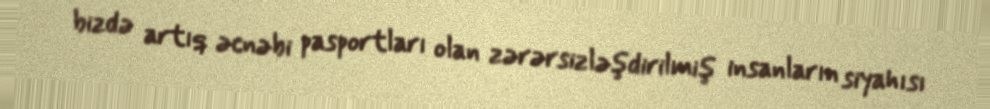
bizdə artıq əcnəbi pasportları olan zərərsizləşdirilmiş insanların siyahısı